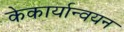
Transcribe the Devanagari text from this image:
केकार्यान्वयन